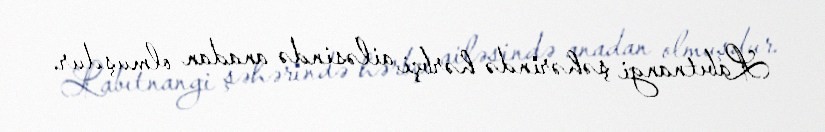
Labıtnangi şəhərində hərbçi ailəsində anadan olmuşdur.